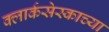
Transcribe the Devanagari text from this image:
क्लार्कसेस्काच्या